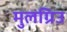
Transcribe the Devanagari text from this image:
मुलग्रिउ